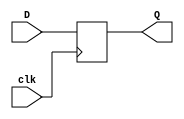
module D_flipflop(
    input wire clk,
    input wire D,
    output wire Q
);

reg data;

always @ (posedge clk)begin
    data <= D;
end

assign Q = data;

endmodule